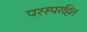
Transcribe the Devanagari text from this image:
परस्परहित